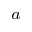
^ a